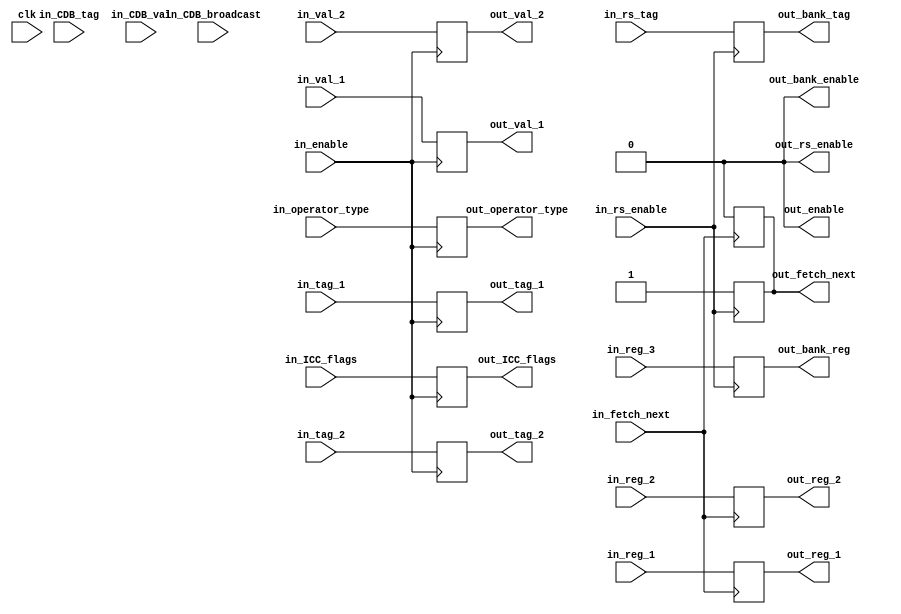
module CUR_INST
(
  input clk,

  input wire in_fetch_next,
  input wire [5:0] in_operator_type,
  input wire [4:0] in_reg_1,
  input wire [4:0] in_reg_2,
  input wire [4:0] in_reg_3,

  input wire in_enable,
  input wire [31:0] in_val_1,
  input wire [31:0] in_val_2,
  input wire [4:0] in_tag_1,
  input wire [4:0] in_tag_2,
  input wire [3:0] in_ICC_flags,

  input wire in_CDB_broadcast,
  input wire [4:0] in_CDB_tag,
  input wire [31:0] in_CDB_val,

  input wire in_rs_enable,
  input wire [4:0] in_rs_tag,

  output reg out_fetch_next,

  output reg out_enable,
  output reg [4:0] out_reg_1,
  output reg [4:0] out_reg_2,

  output reg out_bank_enable,
  output reg [4:0] out_bank_reg,
  output reg [4:0] out_bank_tag,

  output reg out_rs_enable,
  output reg [5:0] out_operator_type,
  output reg [31:0] out_val_1,
  output reg [31:0] out_val_2,
  output reg [4:0] out_tag_1,
  output reg [4:0] out_tag_2,
  output reg [3:0] out_ICC_flags
);

parameter INVALID_TAG = 5'b11111;

reg [31:0] out_val_1_reg;
reg [31:0] out_val_2_reg;
reg [4:0] out_tag_1_reg;
reg [4:0] out_tag_2_reg;
reg [3:0] out_ICC_flags_reg;

initial begin
  out_fetch_next = 1'b0;
  out_enable = 1'b0;
  out_bank_enable = 1'b0;
  out_rs_enable = 1'b0;
  #5;
  out_fetch_next = 1'b1;
end

always @(posedge in_CDB_broadcast) begin
  if (out_tag_1_reg == in_CDB_tag) begin
    out_val_1_reg = in_CDB_val;
    out_tag_1_reg = INVALID_TAG;
  end
  if (out_tag_2_reg == in_CDB_tag) begin
    out_val_2_reg = in_CDB_val;
    out_tag_2_reg = INVALID_TAG;
  end
end

always @(posedge in_rs_enable) begin
  $display("At cycle %4t, issue tag: %4d\n", $time/5, in_rs_tag);
  out_bank_reg = in_reg_3;
  out_bank_tag = in_rs_tag;
  out_bank_enable = 1'b1;
  #5;
  out_bank_enable = 1'b0;
  out_fetch_next = 1'b1;
end

integer j = 1;
always @(posedge in_fetch_next) begin
  // $display("At cycle %4t, fetch: %3d\n", $time/5, j);
  j = j + 1;
  out_fetch_next = 1'b0;
  out_reg_1 = in_reg_1;
  out_reg_2 = in_reg_2;
  out_enable = 1'b1;
  #5;
  out_enable = 1'b0;
end

always @(posedge in_enable) begin
  out_operator_type = in_operator_type;
  out_val_1_reg = in_val_1;
  out_val_2_reg = in_val_2;
  out_tag_1_reg = in_tag_1;
  out_tag_2_reg = in_tag_2;
  out_ICC_flags_reg = in_ICC_flags;

  out_val_1 = out_val_1_reg;
  out_val_2 = out_val_2_reg;
  out_tag_1 = out_tag_1_reg;
  out_tag_2 = out_tag_2_reg;
  out_ICC_flags = out_ICC_flags_reg;
  out_rs_enable = 1'b1;
  #5;
  out_rs_enable = 1'b0;
end

endmodule